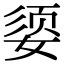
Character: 媭